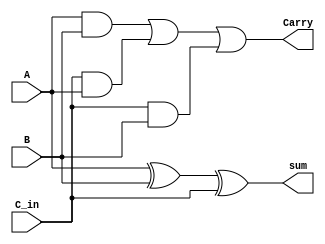
module full_adder (A,B,C_in,sum,Carry);

input  A; 
input  B;
input  C_in;
output sum;
output Carry;

assign sum = A ^ B ^ C_in; 
assign Carry = (A & B) | (C_in & A) | (C_in & B);
 

endmodule